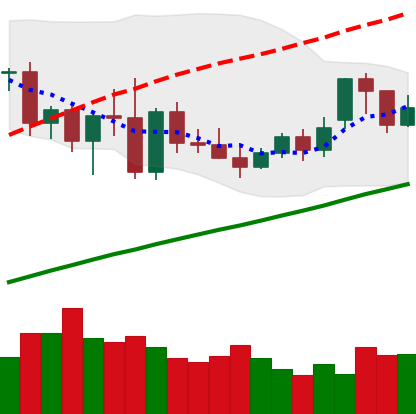
Ticker: XMR-USD
Chart end date: 2020-11-20
Forward return: 6.781%
Label: up_5_7